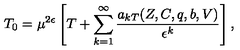
T _ { 0 } = \mu ^ { 2 \epsilon } \left[ T + \sum _ { k = 1 } ^ { \infty } \frac { a _ { k T } ( Z , C , q , b , V ) } { \epsilon ^ { k } } \right] ,